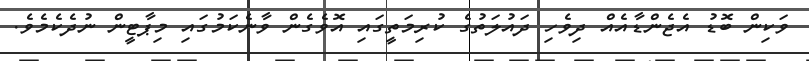
ވަކިން ބޮޑު އެޖެންޑާއެއް ދިވެހި ދައުލަތުގެ ކުރިމަތީގައި އޮވެގެން ވާނެކަމުގައި މިޕާޓީން ނުދެކެމެވެ.